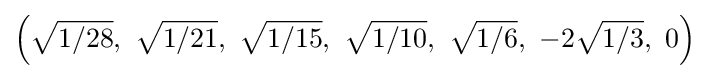
\left({\sqrt {1/28}},\ {\sqrt {1/21}},\ {\sqrt {1/15}},\ {\sqrt {1/10}},\ {\sqrt {1/6}},\ -2{\sqrt {1/3}},\ 0\right)